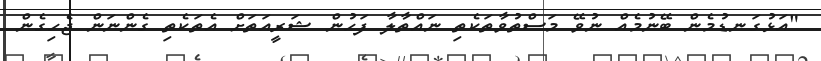
"އަޅުގަނޑުމެން ބޭނުމެއް ނުވޭ މަސްތުވާތަކެތި ނައްތާލާ ފަހުން ޝަރީއަތަށް އެތަކެތި ގެންނަން ޖެހިގެން